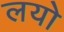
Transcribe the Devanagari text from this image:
लयो